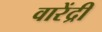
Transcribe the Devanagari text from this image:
वारेंद्री